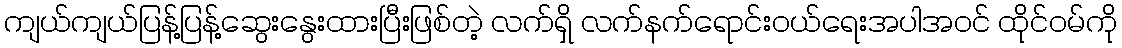
ကျယ်ကျယ်ပြန့်ပြန့်ဆွေးနွေးထားပြီးဖြစ်တဲ့ လက်ရှိ လက်နက်ရောင်းဝယ်ရေးအပါအဝင် ထိုင်ဝမ်ကို